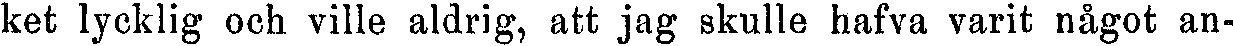
ket lycklig och ville aldrig, att jag skulle hafva varit något an-